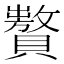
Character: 𧸟